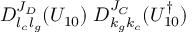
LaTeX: D _ { l _ { c } l _ { g } } ^ { J _ { D } } ( U _ { 1 0 } ) \; D _ { k _ { g } k _ { c } } ^ { J _ { C } } ( U _ { 1 0 } ^ { \dagger } )